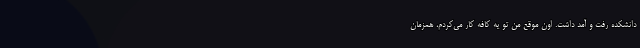
دانشکده رفت و آمد داشت. اون موقع من تو یه کافه کار می‌کردم، همزمان